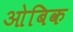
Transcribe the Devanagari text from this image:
ओबिक